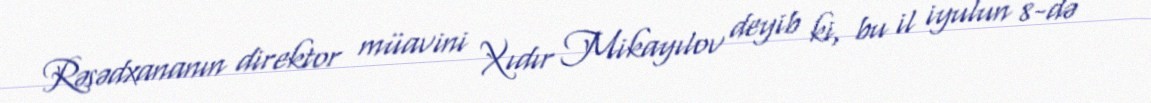
Rəsədxananın direktor müavini Xıdır Mikayılov deyib ki, bu il iyulun 8-də